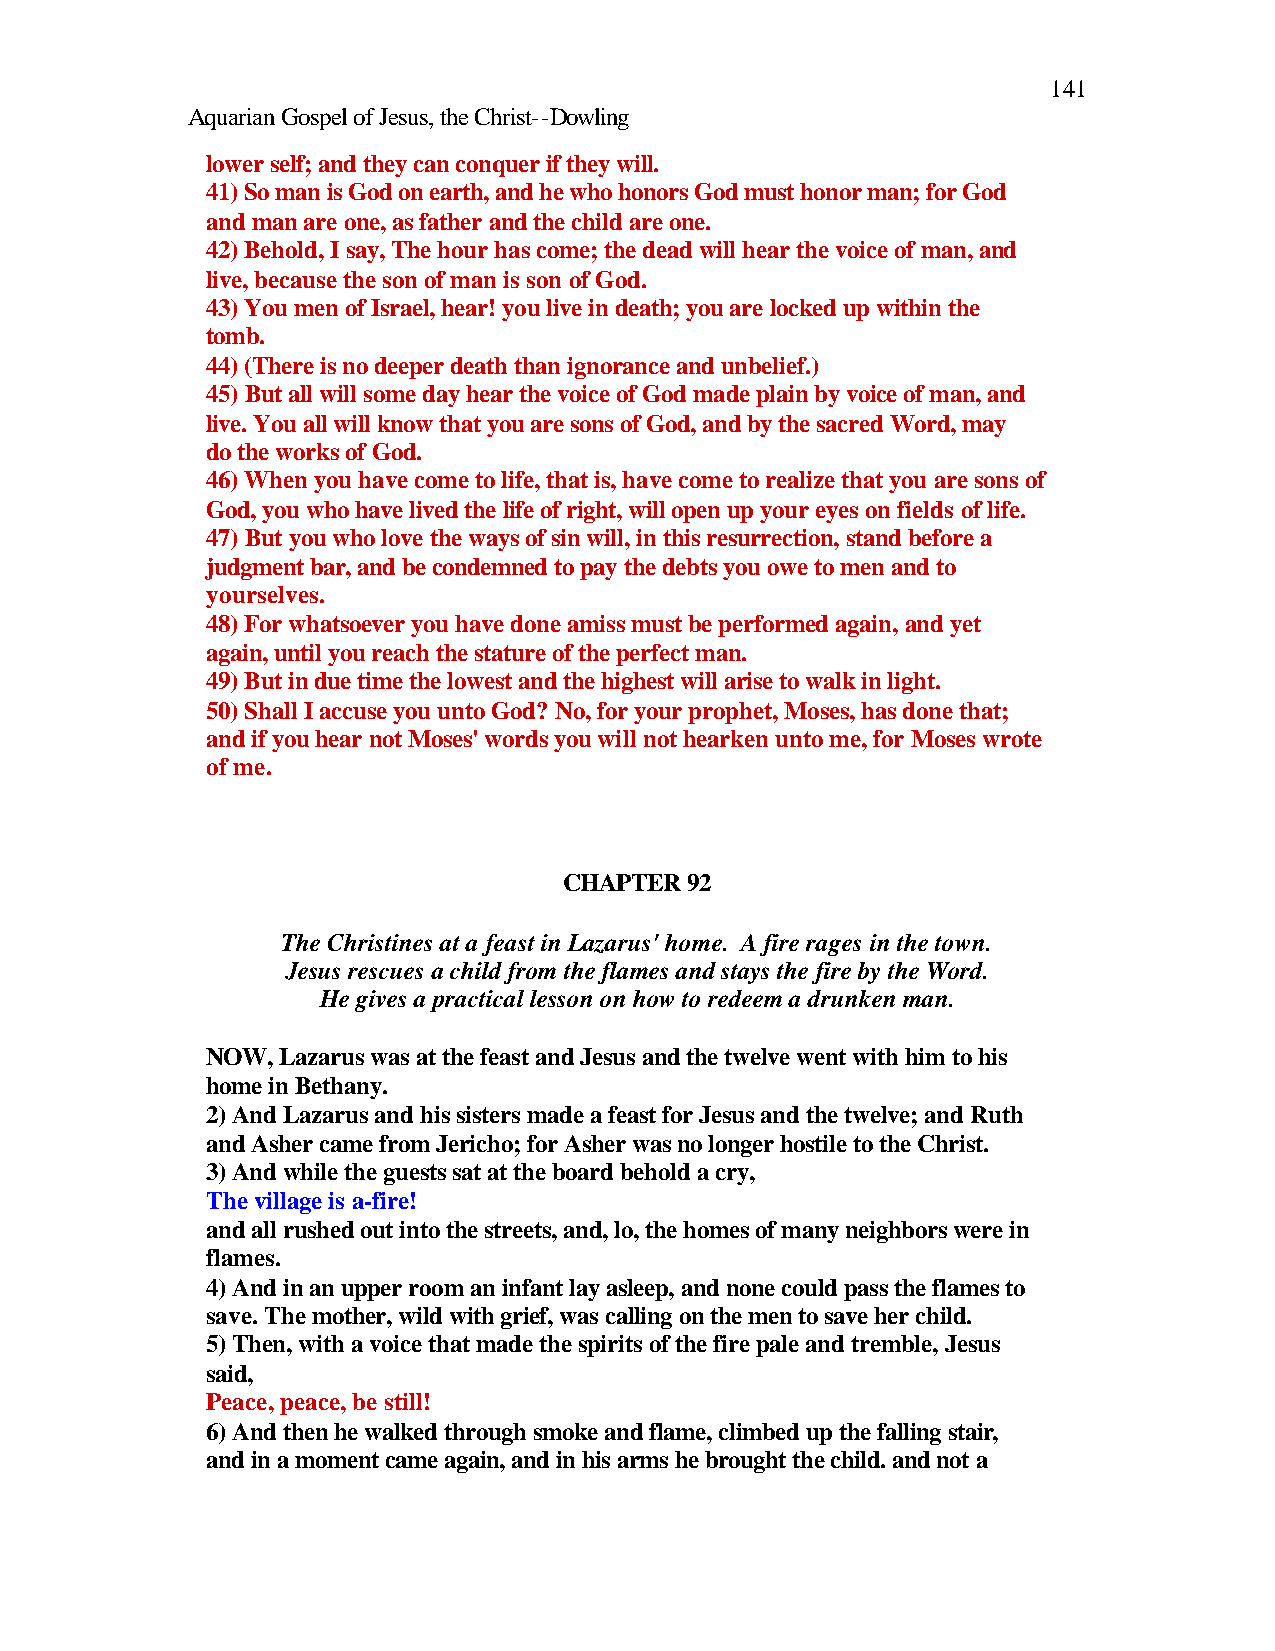
141
 Aquarian Gospel of Jesus, the Christ--Dowling
 lower self; and they can conquer if they will.
 41) So man is God on earth, and he who honors God must honor man; for God
 and man are one, as father and the child are one.
 42) Behold, I say, The hour has come; the dead will hear the voice of man, and
 live, because the son of man is son of God.
 43) You men of Israel, hear! you live in death; you are locked up within the
 tomb.
 44) (There is no deeper death than ignorance and unbelief.)
 45) But all will some day hear the voice of God made plain by voice of man, and
 live. You all will know that you are sons of God, and by the sacred Word, may
 do the works of God.
 46) When you have come to life, that is, have come to realize that you are sons of
 God, you who have lived the life of right, will open up your eyes on fields of life.
 47) But you who love the ways of sin will, in this resurrection, stand before a
 judgment bar, and be condemned to pay the debts you owe to men and to
 yourselves.
 48) For whatsoever you have done amiss must be performed again, and yet
 again, until you reach the stature of the perfect man.
 49) But in due time the lowest and the highest will arise to walk in light.
 50) Shall I accuse you unto God? No, for your prophet, Moses, has done that;
 and if you hear not Moses' words you will not hearken unto me, for Moses wrote
 of me.
 CHAPTER 92
 The Christines at a feast in Lazarus' home. A fire rages in the town.
 Jesus rescues a child from the flames and stays the fire by the Word.
 He gives a practical lesson on how to redeem a drunken man.
 NOW, Lazarus was at the feast and Jesus and the twelve went with him to his
 home in Bethany.
 2) And Lazarus and his sisters made a feast for Jesus and the twelve; and Ruth
 and Asher came from Jericho; for Asher was no longer hostile to the Christ.
 3) And while the guests sat at the board behold a cry,
 The village is a-fire!
 and all rushed out into the streets, and, lo, the homes of many neighbors were in
 flames.
 4) And in an upper room an infant lay asleep, and none could pass the flames to
 save. The mother, wild with grief, was calling on the men to save her child.
 5) Then, with a voice that made the spirits of the fire pale and tremble, Jesus
 said,
 Peace, peace, be still!
 6) And then he walked through smoke and flame, climbed up the falling stair,
 and in a moment came again, and in his arms he brought the child. and not a